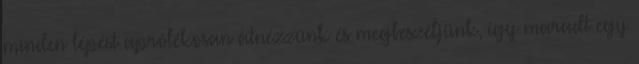
minden lépést aprólékosan átnézzünk és megbeszéljünk, így maradt egy